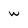
Character: w